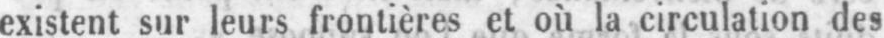
existent sur leurs frontières et où la circulation des